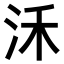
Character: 𣲲